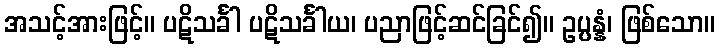
အသင့်အားဖြင့်။ ပဋိသင်္ခါ ပဋိသင်္ခါယ၊ ပညာဖြင့်ဆင်ခြင်၍။ ဥပ္ပန္နံ၊ ဖြစ်သော။